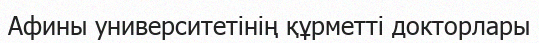
Афины университетінің құрметті докторлары